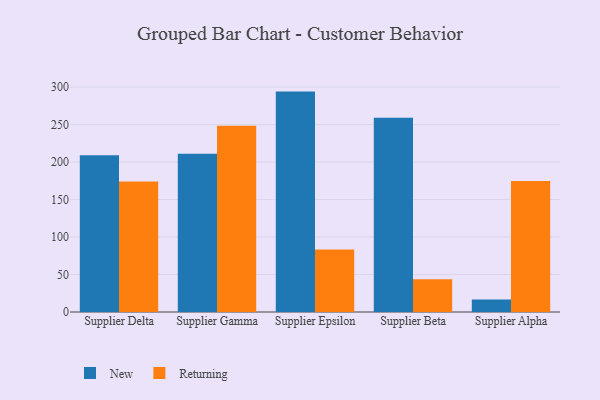
{"axis": {"x": "Supplier", "y": "Temperature (°C)"}, "legend": ["New", "Returning"], "data": [{"x": "Supplier Delta", "y": 209.0, "type": "New"}, {"x": "Supplier Delta", "y": 174.0, "type": "Returning"}, {"x": "Supplier Gamma", "y": 211.0, "type": "New"}, {"x": "Supplier Gamma", "y": 248.4, "type": "Returning"}, {"x": "Supplier Epsilon", "y": 294.0, "type": "New"}, {"x": "Supplier Epsilon", "y": 83.5, "type": "Returning"}, {"x": "Supplier Beta", "y": 259.2, "type": "New"}, {"x": "Supplier Beta", "y": 43.6, "type": "Returning"}, {"x": "Supplier Alpha", "y": 16.7, "type": "New"}, {"x": "Supplier Alpha", "y": 174.8, "type": "Returning"}]}